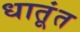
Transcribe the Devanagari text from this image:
धातूंत